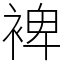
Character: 裨